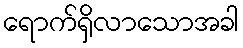
ရောက်ရှိလာသောအခါ